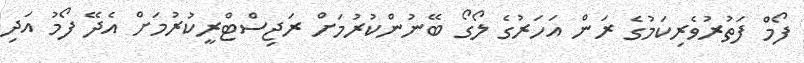
ފޯމް ފަތުރުވެރިކަމުގެ ރަން އަހަރުގެ ލޯގޯ ބޭނުންކުރުމަށް ރަޖިސްޓްރީކުރުމަށް އެދޭ ފޯމު އަދި